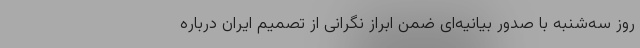
روز سه‌شنبه با صدور بیانیه‌ای ضمن ابراز نگرانی از تصمیم ایران درباره